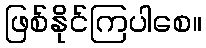
ဖြစ်နိုင်ကြပါစေ။